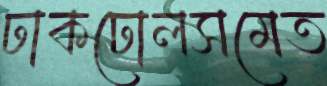
ঢাকঢোলসমেত